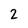
Character: 2